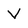
Character: V